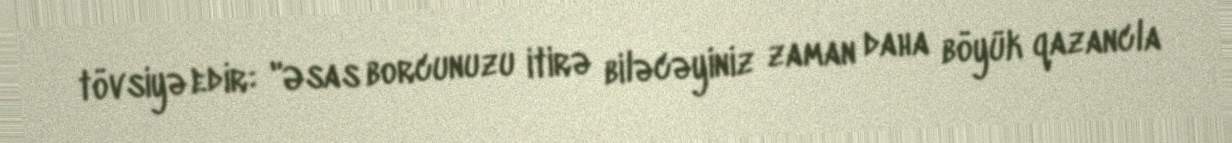
tövsiyə edir: "Əsas borcunuzu itirə biləcəyiniz zaman daha böyük qazancla